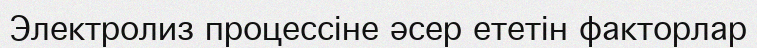
Электролиз процессіне әсер ететін факторлар